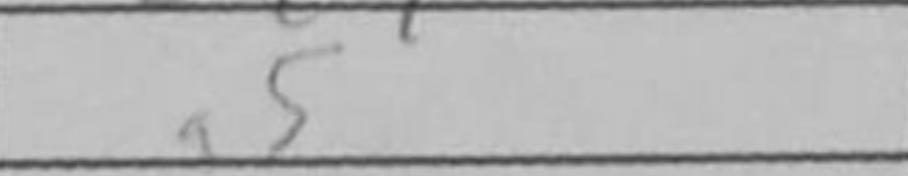
Transcription: a5